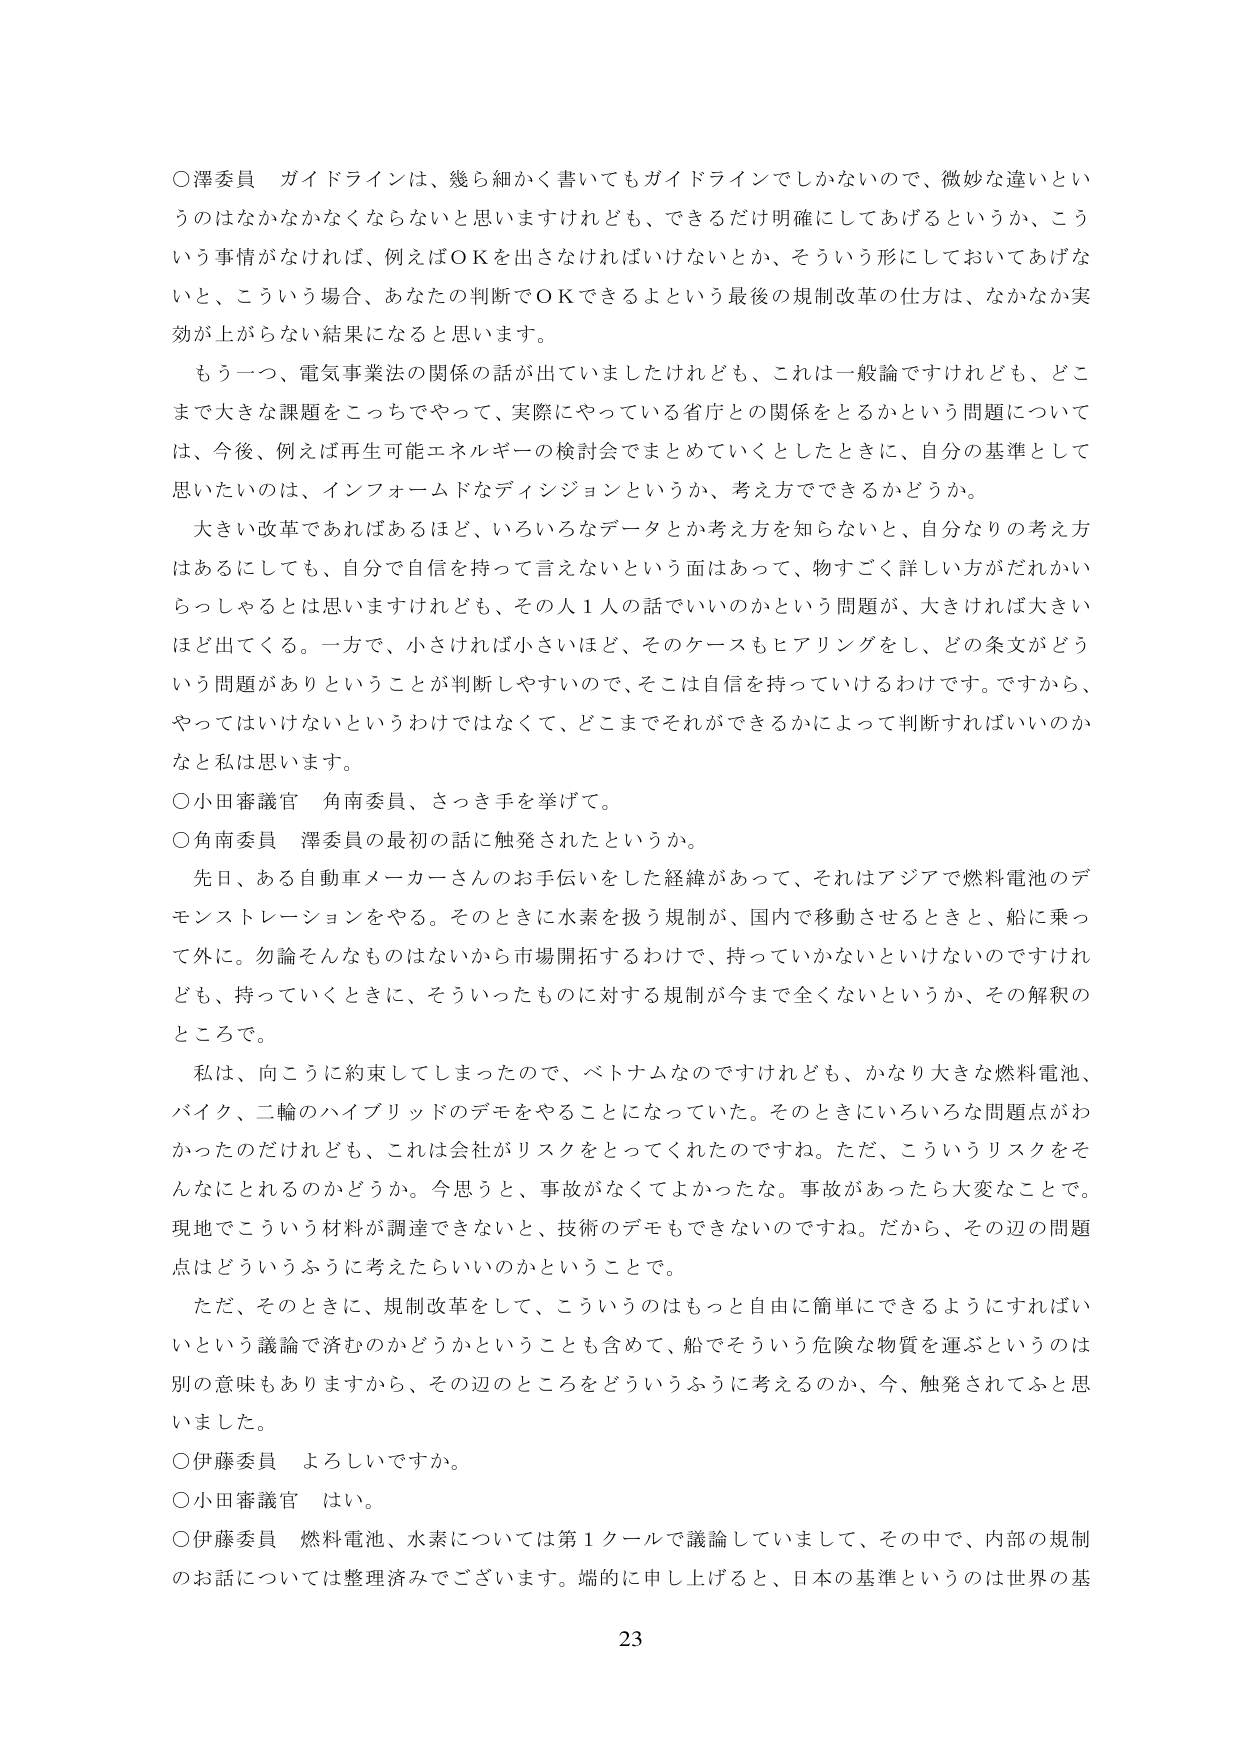
○澤委員 ガイドラインは、幾ら細かく書いてもガイドラインでしかないので、微妙な違いというのはなかなかなくならないと思いますけれども、できるだけ明確にしてあげるというか、こういう事情がなければ、例えばＯＫを出さなければいけないとか、そういう形にしておいてあげないと、こういう場合、あなたの判断でＯＫできるよという最後の規制改革の仕方は、なかなか実効が上がらない結果になると思います。

もう一つ、電気事業法の関係の話が出ていましたけれども、これは一般論ですけれども、どこまで大きな課題をこっちでやって、実際にやっている省庁との関係をとるかという問題については、今後、例えば再生可能エネルギーの検討会でまとめていくとしたときに、自分の基準としてしたいのは、インフォームドディシジョンというか、考え方でできるかどうか。

大きい改革であればあるほど、いろいろなデータとか考え方を知らないと、自分なりの考え方はあるにしても、自分で自信を持って言えないという面はあって、物すごく詳しい方がだれかいらっしゃるとは思いますけれども、その人１人の話でいいのかという問題が、大きければ大きいほど出てくる。一方で、小さければ小さいほど、そのケースもヒアリングをし、どの条文がどういう問題がありということが判断しやすいので、そこは自信を持っていけるわけです。ですから、やってはいけないというわけではなくて、どこまでそれができるかによって判断すればいいのかなと私は思います。

○小田審議官 角南委員、さっき手を挙げて。

○角南委員 澤委員の最初の話に触発されたというか。

先日、ある自動車メーカーさんのお手伝いをした経緯があって、それはアジアで燃料電池のデモンストレーションをやる。そのときに水素を扱う規制が、国内で移動させるときと、船に乗って外に。勿論そんなものははないから市場開拓するわけで、持っていかないといけないのですけれども、持っていくときに、そういったものに対する規制が今まで全くないというか、その解釈のところで。

私は、向こうに約束してしまったので、ベトナムなのですけれども、かなり大きな燃料電池、バイク、二輪のハイブリッドのデモをやることになっていた。そのときにいろいろな問題点がわかったのだけれども、これは会社がリスクをとってくれたのですね。ただ、こういうリスクをそんなにとれるのかどうか。今思うと、事故がなくてよかったな。事故があったら大変なことで。現地でこういう材料が調達できないと、技術のデモもできないのですね。だから、その辺の問題点はどういうふうに考えたらいいのかということで。

ただ、そのときに、規制改革をして、こういうのはもっと自由に簡単にできるようにすればいいという議論で済むのかどうかということも含めて、船でそういう危険な物質を運ぶというのは別の意味もありますから、その辺のところをどういうふうに考えるのか、今、触発されてふと思いました。

○伊藤委員 よろしいですか。

○小田審議官 はい。

○伊藤委員 燃料電池、水素については第１クールで議論していまして、その中で、内部の規制のお話については整理済みでございます。端的に申し上げると、日本の基準というのは世界の基

23